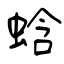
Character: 蛿